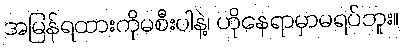
အမြန်ရထားကိုမစီးပါနဲ့၊ ဟိုနေရာမှာမရပ်ဘူး။